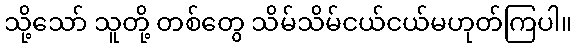
သို့သော် သူတို့ တစ်တွေ သိမ်သိမ်ငယ်ငယ်မဟုတ်ကြပါ။